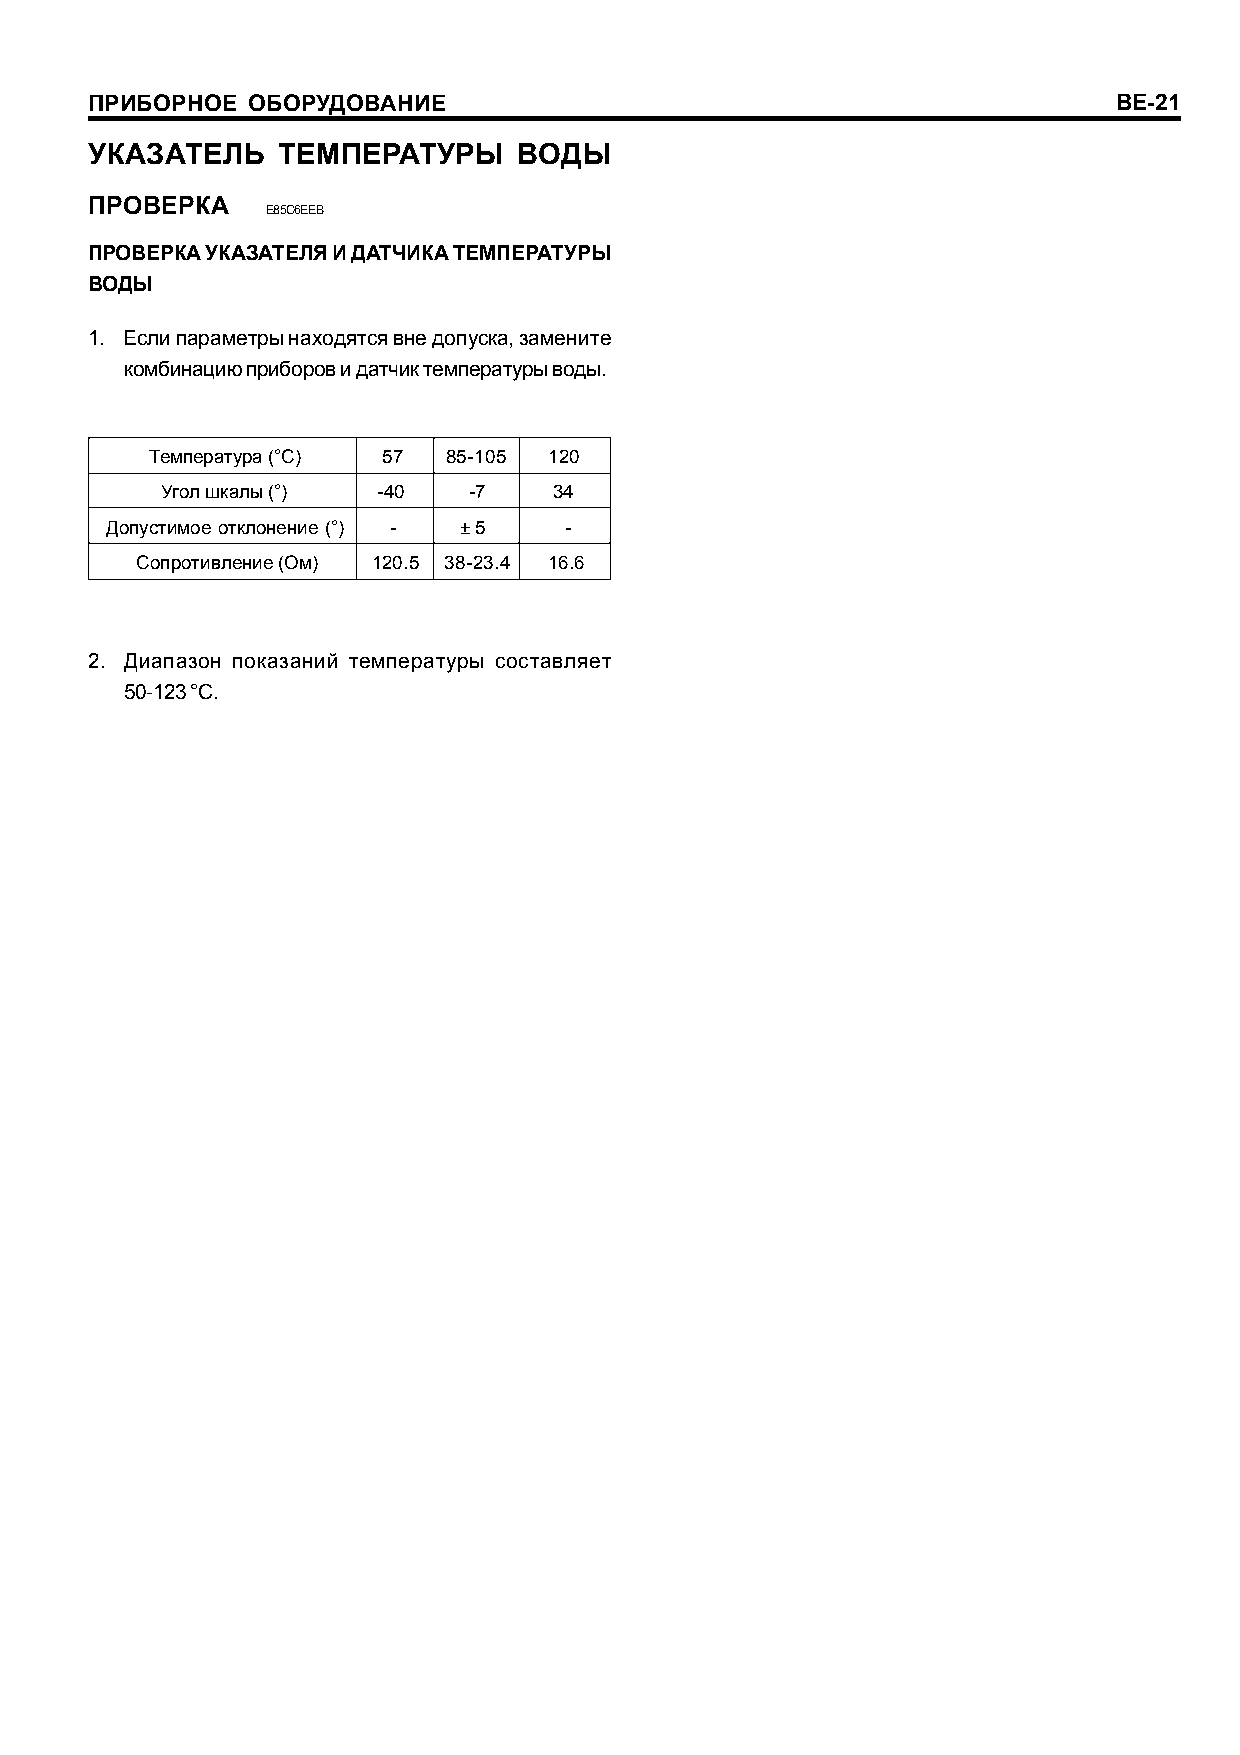
ÏÐÈÁÎÐÍÎÅ ÎÁÎÐÓÄÎÂÀÍÈÅ                                              BE-21
 ÓÊÀÇÀÒÅËÜ   ÒÅÌÏÅÐÀÒÓÐÛ     ÂÎÄÛ
 ÏÐÎÂÅÐÊÀ
 E85C6EEB
 ÏÐÎÂÅÐÊÀ ÓÊÀÇÀÒÅËß È ÄÀÒ×ÈÊÀ ÒÅÌÏÅÐÀÒÓÐÛ
 ÂÎÄÛ
 1. Åñëè ïàðàìåòðû íàõîäÿòñÿ âíå äîïóñêà, çàìåíèòå
 êîìáèíàöèþ ïðèáîðîâ è äàò÷èê òåìïåðàòóðû âîäû.
 Òåìïåðàòóðà (°C) 57 85-105 120
 Óãîë øêàëû (°) -40  -7    34
 Äîïóñòèìîå îòêëîíåíèå (°) - ± 5 -
 Ñîïðîòèâëåíèå (Îì) 120.5 38-23.4 16.6
 2. Äèàïàçîí ïîêàçàíèé òåìïåðàòóðû ñîñòàâëÿåò
 50-123 °C.